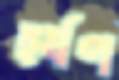
হর্ষণ